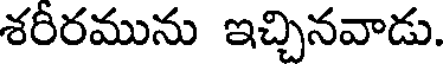
శరీరమును ఇచ్చినవాడు.